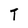
Character: T